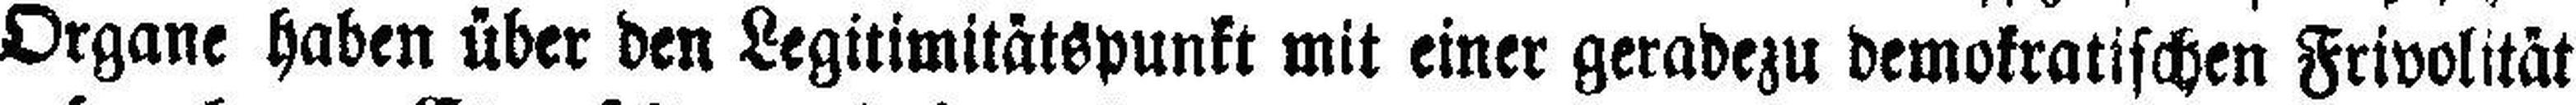
Organe haben über den Legitimitätspunkt mit einer geradezu demokratischen Frivolität